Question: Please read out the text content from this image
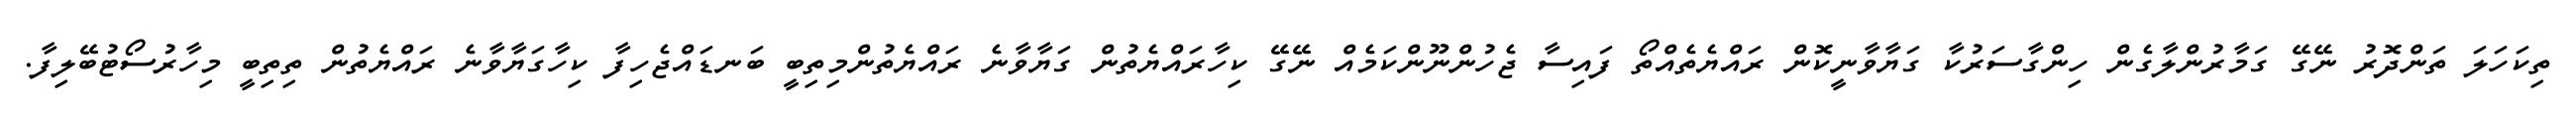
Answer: ތިކަހަލަ ތަންދޮރު ނޭގޭ ގަމާރުންލާގެން ހިންގާސަރުކާ ގަޔާވާނީކޮން ރައްޔެތެއްތޯ ފައިސާ ޖެހުންނޫންކަމެއް ނޭގޭ ކިހާރައްޔެތުން ގަޔާވާނެ ރައްޔެތުންމިތިބީ ބަނޑައްޖެހިފާ ކިހާގަޔާވާނެ ރައްޔެތުން ތިތިބީ މިހާރުސޯޓުބޭލިފާ.